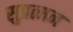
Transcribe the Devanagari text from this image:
सुप्रत्मन